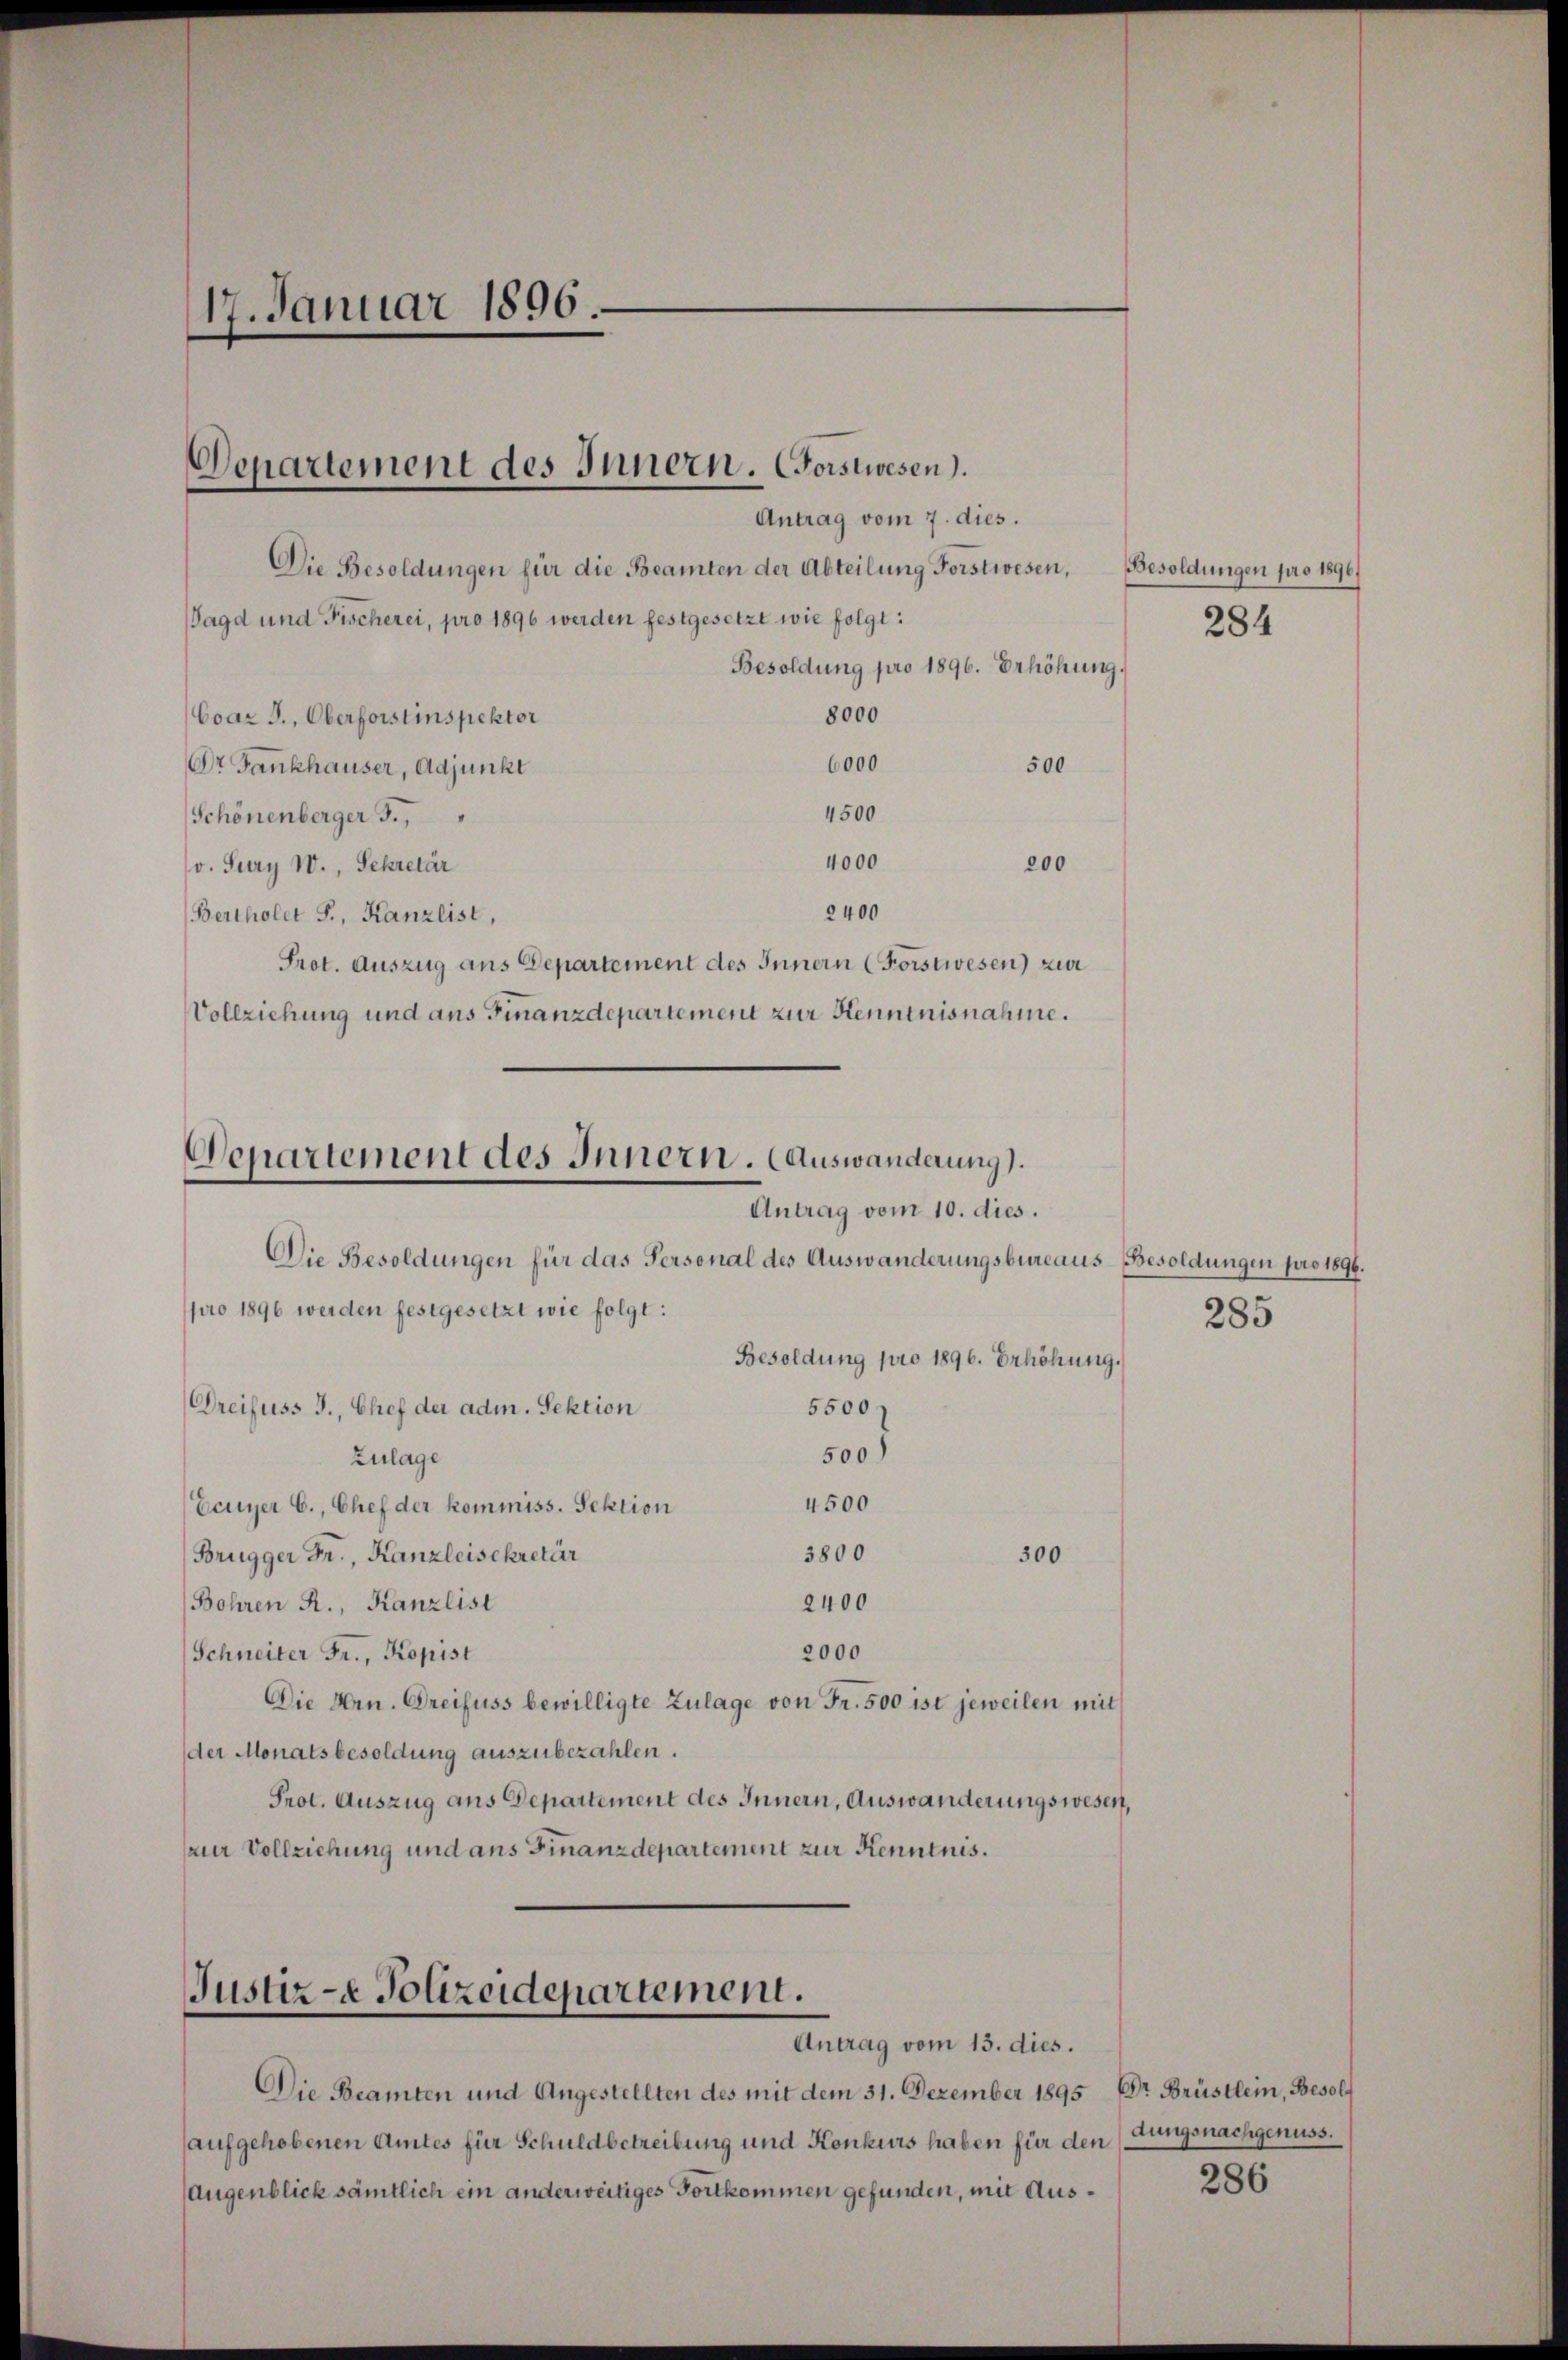
17. Januar 1896.

Jagd und Fischerei, pro 1896 werden festgesetzt wie folgt:

Antrag vom 7. dies.
Die Besoldungen für die Beamten der Abteilung Forstwesen, Besoldungen pro 1896)
Besoldung pro 1896. Erhöhung.
8000
Coar J., Oberforstinspektor
6000
500
Dr Fankhauser, Adjunkt
4500
Schönenberger F.,
4000
200
(v. Fury W., Sekretär
2400
Bertholer F., Kanzlist,
Prot. Auszug aus Departement des Innern (Forstwesen) zur
Vollziehung und aus Finanzdepartement zur Kenntnisnahme.

Departement des Innern. Corstwesen).

Besoldung pro 1896. Erhöhung.
5500 f
500)
Zulage
4500
Ecuyer C., Chef der kommiss. Sektion
3800
Brügger Fr., Kanzleisekretär
300
2400
Bohren R., Kanzlist
2000
Schneiter Fr., Kopist
Die Hrn. Greifuss bewilligte Zulage von Fr. 500 ist jeweilen mit
der Monatsbesoldung auszubezahlen.
Prot. Auszug aus Departement des Innern, Auswanderungswesen,
ur Vollziehung und ans Finanzdepartement zur Kenntnis.

Departement des Innern. (Auswanderung).
Antrag vom 10. dies.
Die Besoldungen für das Personal des Auswanderungsbureaus Besoldungen pro 1896.

pro 1896 werden festgesetzt wie folgt:
Dreifuss J., Chef der adm. Sektion

Justiz- & Polizeidepartement.
Antrag vom 13. dies.

Die Beamten und Angestellten des mit dem 31. Dezember 1895 DDr. Brüstlein, Besol
aufgehobenen Amtes für Schuldbetreibung und Konkurs haben für den
Augenblick sämtlich ein anderweitiges Fortkommen gefunden, mit Aus¬

284

285

dungsnachgenuss.

286